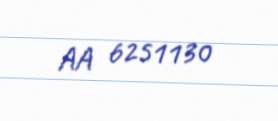
AA 6251130